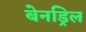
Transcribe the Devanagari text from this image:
बेनड्रिल